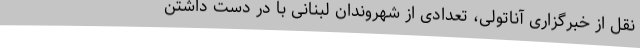
نقل از خبرگزاری آناتولی، تعدادی از شهروندان لبنانی با در دست داشتن